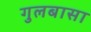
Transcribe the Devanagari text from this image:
गुलबासा